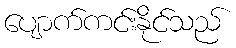
ပျောက်ကင်းနိုင်သည်